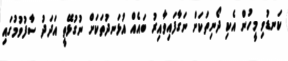
ކަނޑުވި މީހުން އެކި ދޯނިތަކަށް ނަގާފައިވާއިރު ބައެއް އުޅަނދުތަކަށް ނުގުޅޭތީ އަދަދު ސާފުވުމުުގައި